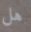
هل